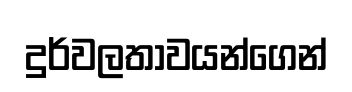
දුර්වලතාවයන්ගෙන්